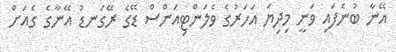
އޭނާ ބުނެފައި ވަނީ މިދިޔަ އަހަރުގެ ވެލަންޓިއަންސް ޑޭގެ ރޭގަނޑު އޭނާގެ ގެއަށް